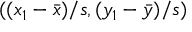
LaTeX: ( ( x _ { 1 } - { \bar { x } } ) / s , ( y _ { 1 } - { \bar { y } } ) / s )